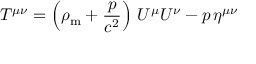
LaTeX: T ^ { \mu \nu } = \left( \rho _ { \mathrm { m } } + { \frac { p } { c ^ { 2 } } } \right) \, U ^ { \mu } U ^ { \nu } - p \, \eta ^ { \mu \nu }